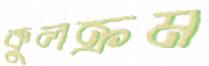
কুলক্রম